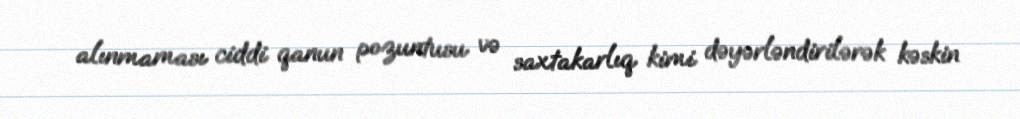
alınmaması ciddi qanun pozuntusu və saxtakarlıq kimi dəyərləndirilərək kəskin